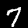
Digit: 7